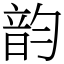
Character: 韵